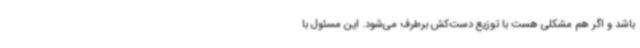
باشد و اگر هم مشکلی هست با توزیع دست‌کش برطرف می‌شود. این مسئول با